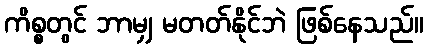
ကိစ္စတွင် ဘာမျှ မတတ်နိုင်ဘဲ ဖြစ်နေသည်။